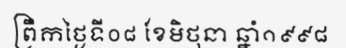
ព្រឹកថ្ងៃទី០៨ ខែមិថុនា ឆ្នាំ១៩៩៨